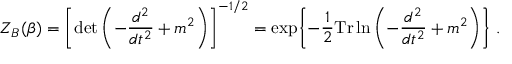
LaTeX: Z _ { B } ( \beta ) = \left[ \operatorname * { d e t } \left( - { \frac { d ^ { 2 } } { d t ^ { 2 } } } + m ^ { 2 } \right) \right] ^ { - 1 / 2 } = \exp \biggl \{ - { \frac { 1 } { 2 } } \mathrm { T r } \ln \left( - { \frac { d ^ { 2 } } { d t ^ { 2 } } } + m ^ { 2 } \right) \biggr \} \; .